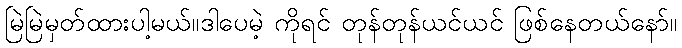
မြဲမြဲမှတ်ထားပါ့မယ်။ဒါပေမဲ့ ကိုရင် တုန်တုန်ယင်ယင် ဖြစ်နေတယ်နော်။